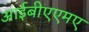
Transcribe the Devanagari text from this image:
आईबीएएमए